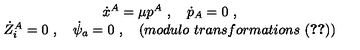
\begin{array} { c } { \dot { x } ^ { A } = \mu p ^ { A } \ , \quad \dot { p } _ { A } = 0 \ , } \\ { \dot { Z } _ { i } ^ { A } = 0 \ , \quad \dot { \psi } _ { a } = 0 \ , \quad ( m o d u l o \ t r a n s f o r m a t i o n s \ ( \ref { e q r e l } ) ) } \\ \end{array}